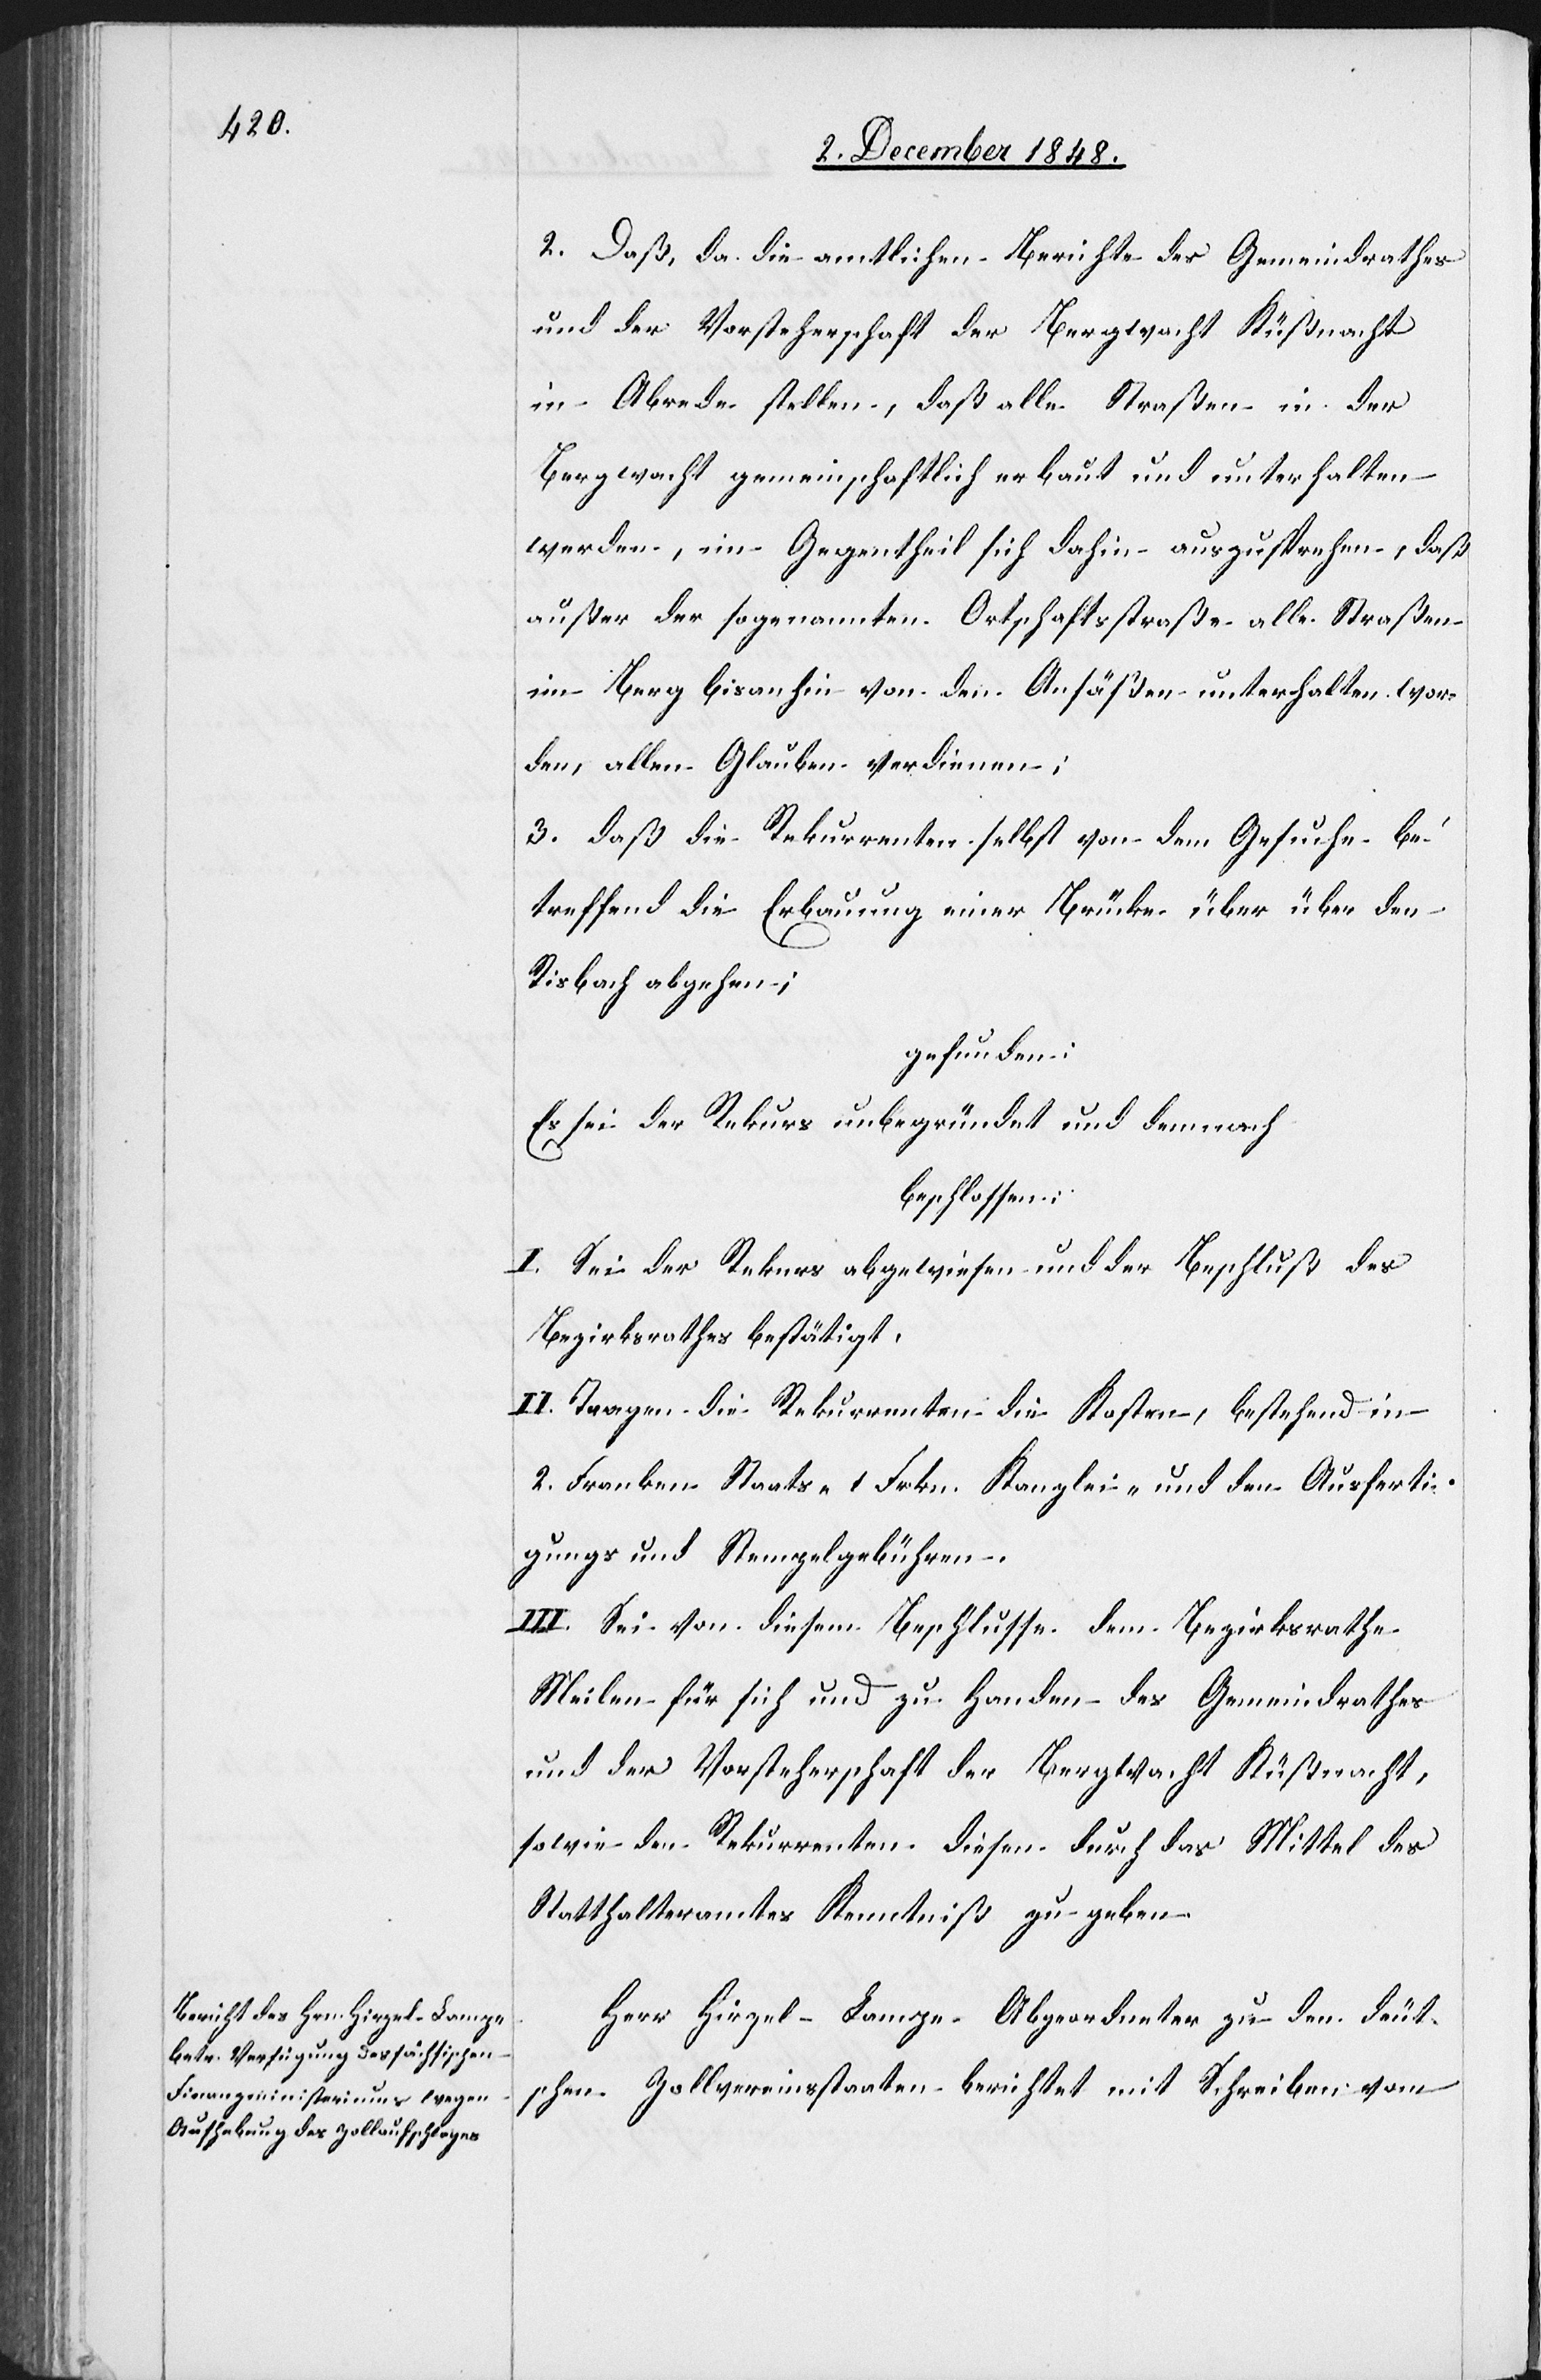
2. Daß, da die amtlichen Berichte des Gemeindrathes
und der Vorsteherschaft der Bergwacht Küßnacht,
in Abrede stellen, daß alle Straßen in der
Bergwacht gemeinschaftlich erbaut und unterhalten
werden, im Gegentheil sich dahin auszusprechen, daß
außer der sogenannten Ortschaftsstraße alle Straßen
in Berg bisanhin von den Ansäßen unterhalten wor¬
den, allen Glauben verdienen;
3. daß die Rekurrenten selbst von dem Gesuche be¬
treffend die Erbauung einer Brücke über über
Risbach abgehen;
gefunden:
Es sei der Rekurs unbegründet und demnach
beschlossen:
I. Sei der Rekurs abgewiesen und der Beschluß des
Bezirksrathes bestätigt.
II. Tragen die Rekurrenten die Kosten, bestehend in
2. Franken Staats-[,] 1 Frkn. Kanzlei- und den Ausferti¬
gungs[-] und Stempelgebühren.
III. Sei von diesem Beschlusse dem Bezirksrathe
Meilen für sich und zu Handen des Gemeindrathes
sowie den Rekurrenten diesen durch das Mittel des
Statthalteramtes Kenntniß zu geben.
Herr Hirzel-Lampe Abgeordneter zu den deut¬
schen Zollvereinsstaaten berichtet mit Schreiben vom